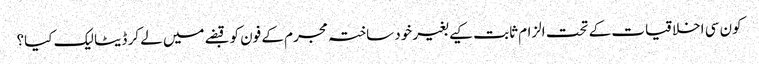
کون سی اخلاقیات کے تحت الزام ثابت کیے بغیر خود ساختہ مجرم کے فون کو قبضے میں لے کر ڈیٹا لیک کیا؟